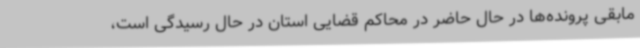
مابقی پرونده‌ها در حال حاضر در محاکم قضایی استان در حال رسیدگی است،